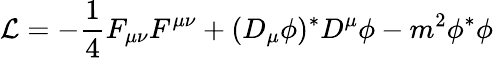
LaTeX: {\cal L}=-{\frac{1}{4}}F_{\mu\nu}F^{\mu\nu}+(D_{\mu}\phi)^{*}D^{\mu}\phi-m^{2}\phi^{*}\phi